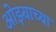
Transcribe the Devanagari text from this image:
ओझ्याच्या